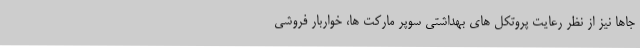
جاها نیز از نظر رعایت پروتکل های بهداشتی سوپر مارکت ها، خواربار فروشی